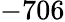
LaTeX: -706